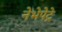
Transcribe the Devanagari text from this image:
नेभेपेट्रे